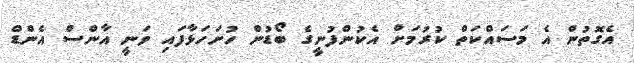
އެގޮތުން އެ މަސައްކަތް ކުރުމަށް އެކުންފުނީގެ ބޯޑުން ހުށަހަޅާފައި ވަނީ އާންސް އެންޑް